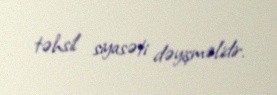
təhsil siyasəti dəyişməlidir.